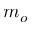
m _ { o }